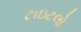
ટાઇટલો